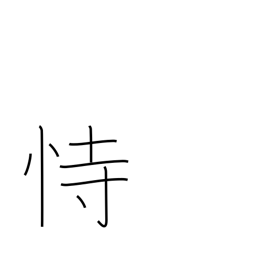
Meaning: depend on